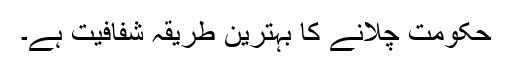
حکومت چلانے کا بہترین طریقہ شفافیت ہے۔